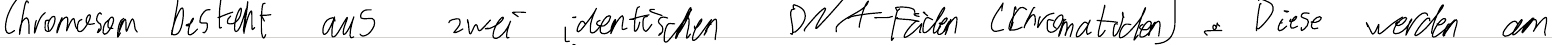
Chromosom besteht aus zwei identischen DNA-Fäden (Chromatiden). Diese werden am